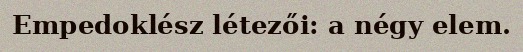
Empedoklész létezői: a négy elem.